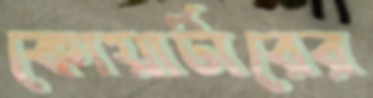
কোয়ার্টারের